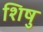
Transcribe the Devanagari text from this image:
शिषु